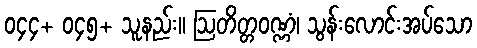
၀၄၄+ ၀၄၅+ သူနည်း။ ဩတိတ္တဝဏ္ဏံ၊ သွန်းလောင်းအပ်သော